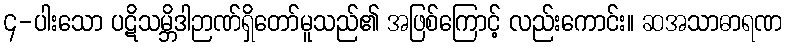
၄-ပါးသော ပဋိသမ္ဘိဒါဉာဏ်ရှိတော်မူသည်၏ အဖြစ်ကြောင့် လည်းကောင်း။ ဆအသာဓာရဏ